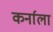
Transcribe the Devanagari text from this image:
कर्नाला